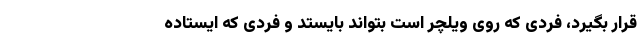
قرار بگیرد، فردی که روی ویلچر است بتواند بایستد و فردی که ایستاده